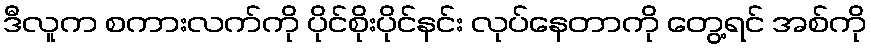
ဒီလူက စကားလက်ကို ပိုင်စိုးပိုင်နင်း လုပ်နေတာကို တွေ့ရင် အစ်ကို